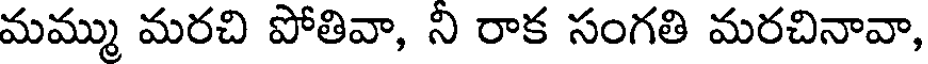
మమ్ము మరచి పోతివా, ని రాక సంగతి మరచినావా,